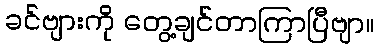
ခင်ဗျားကို တွေ့ချင်တာကြာပြီဗျာ။